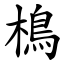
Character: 樢